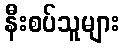
နီးစပ်သူများ